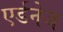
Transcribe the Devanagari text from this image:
एर्डनेज